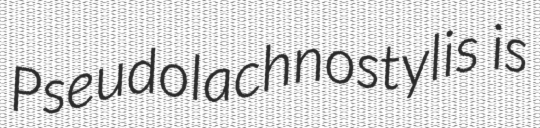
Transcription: Pseudolachnostylis is